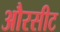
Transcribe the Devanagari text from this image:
औरसीट